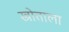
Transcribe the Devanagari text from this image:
स्त्रोताला